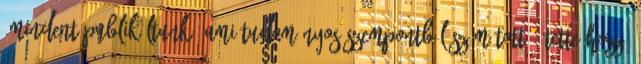
„Mindent publikáltunk, ami tudományos szempontból számított – tette hozzá